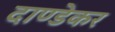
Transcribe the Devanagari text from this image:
दाण्डेकर